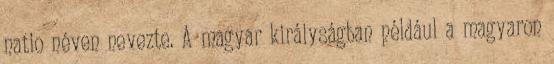
natio néven nevezte. A magyar királyságban például a magyaron